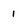
Character: I